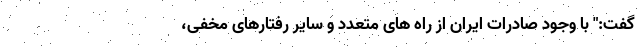
گفت:" با وجود صادرات ایران از راه های متعدد و سایر رفتارهای مخفی،